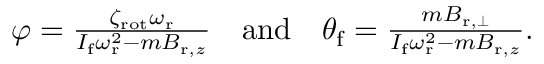
\begin{array} { r } { \varphi = \frac { \zeta _ { \mathrm { r o t } } \omega _ { \mathrm { r } } } { I _ { \mathrm { f } } \omega _ { \mathrm { r } } ^ { 2 } - m B _ { \mathrm { r } , z } } \quad \mathrm { a n d } \quad \theta _ { \mathrm { f } } = \frac { m B _ { \mathrm { r } , \perp } } { I _ { \mathrm { f } } \omega _ { \mathrm { r } } ^ { 2 } - m B _ { \mathrm { r } , z } } . } \end{array}